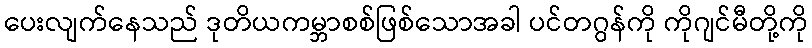
ပေးလျက်နေသည် ဒုတိယကမ္ဘာစစ်ဖြစ်သောအခါ ပင်တဂွန်ကို ကိုဂျင်မီတို့ကို